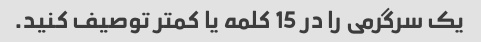
یک سرگرمی را در 15 کلمه یا کمتر توصیف کنید.